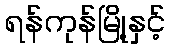
ရန်ကုန်မြို့နှင့်